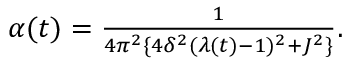
\begin{array} { r } { \alpha ( t ) = \frac { 1 } { 4 \pi ^ { 2 } \{ 4 \delta ^ { 2 } ( \lambda ( t ) - 1 ) ^ { 2 } + J ^ { 2 } \} } . } \end{array}